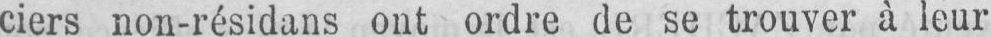
ciers non-résidans ont ordre de se trouver à leur